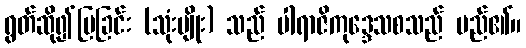
ရွတ်ဆို၍ပြခြင်း (သုံးမျိုး) သည် ပါရာဇိကုဒ္ဒေသစသည် မည်၏။